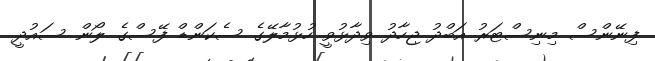
ފިނޭންސް މިިނިސްޓަރު އަބްދު ޖިހާދު ވިދާޅުވީ ހުޅުމާލޭގެ ސެކަންޑް ފޭސްގެ ލޯން ސައުދީ